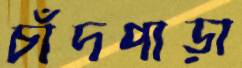
চাঁদপাড়া